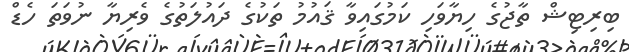
ބިރިޓިޝް ތާޖުގެ ހިޔާވަހި ކަމުގައިވާ ޤައުމު ތަކުގެ ދައުލަތުގެ ވެރިޔާ ނުވަތަ ހެޑް